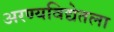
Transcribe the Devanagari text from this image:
अरण्यविद्येतला